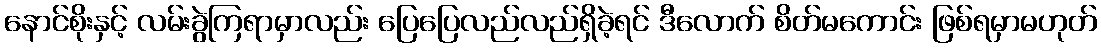
နောင်စိုးနှင့် လမ်းခွဲကြရာမှာလည်း ပြေပြေလည်လည်ရှိခဲ့ရင် ဒီလောက် စိတ်မကောင်း ဖြစ်ရမှာမဟုတ်